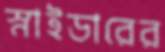
স্নাইডারের